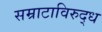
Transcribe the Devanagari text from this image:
सम्राटाविरुद्ध